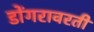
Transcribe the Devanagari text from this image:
डोंगरावरती